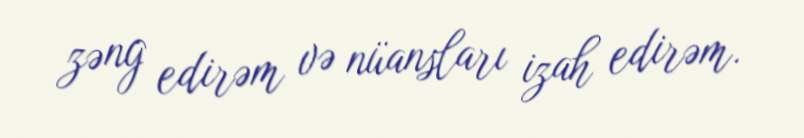
zəng edirəm və nüansları izah edirəm.